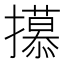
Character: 𫾕